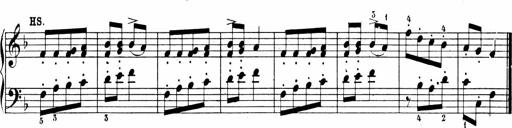
Title: 6 Sonatinas
Composer: Carl Reinecke